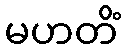
မဟတိံ